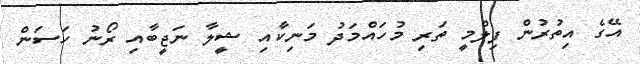
އޭގެ އިތުރުން ފިލްމީ ތަރި މުހައްމަދު މަނިކާއި ޝީލާ ނަޖީބާއި ރޯނު ހަސަން